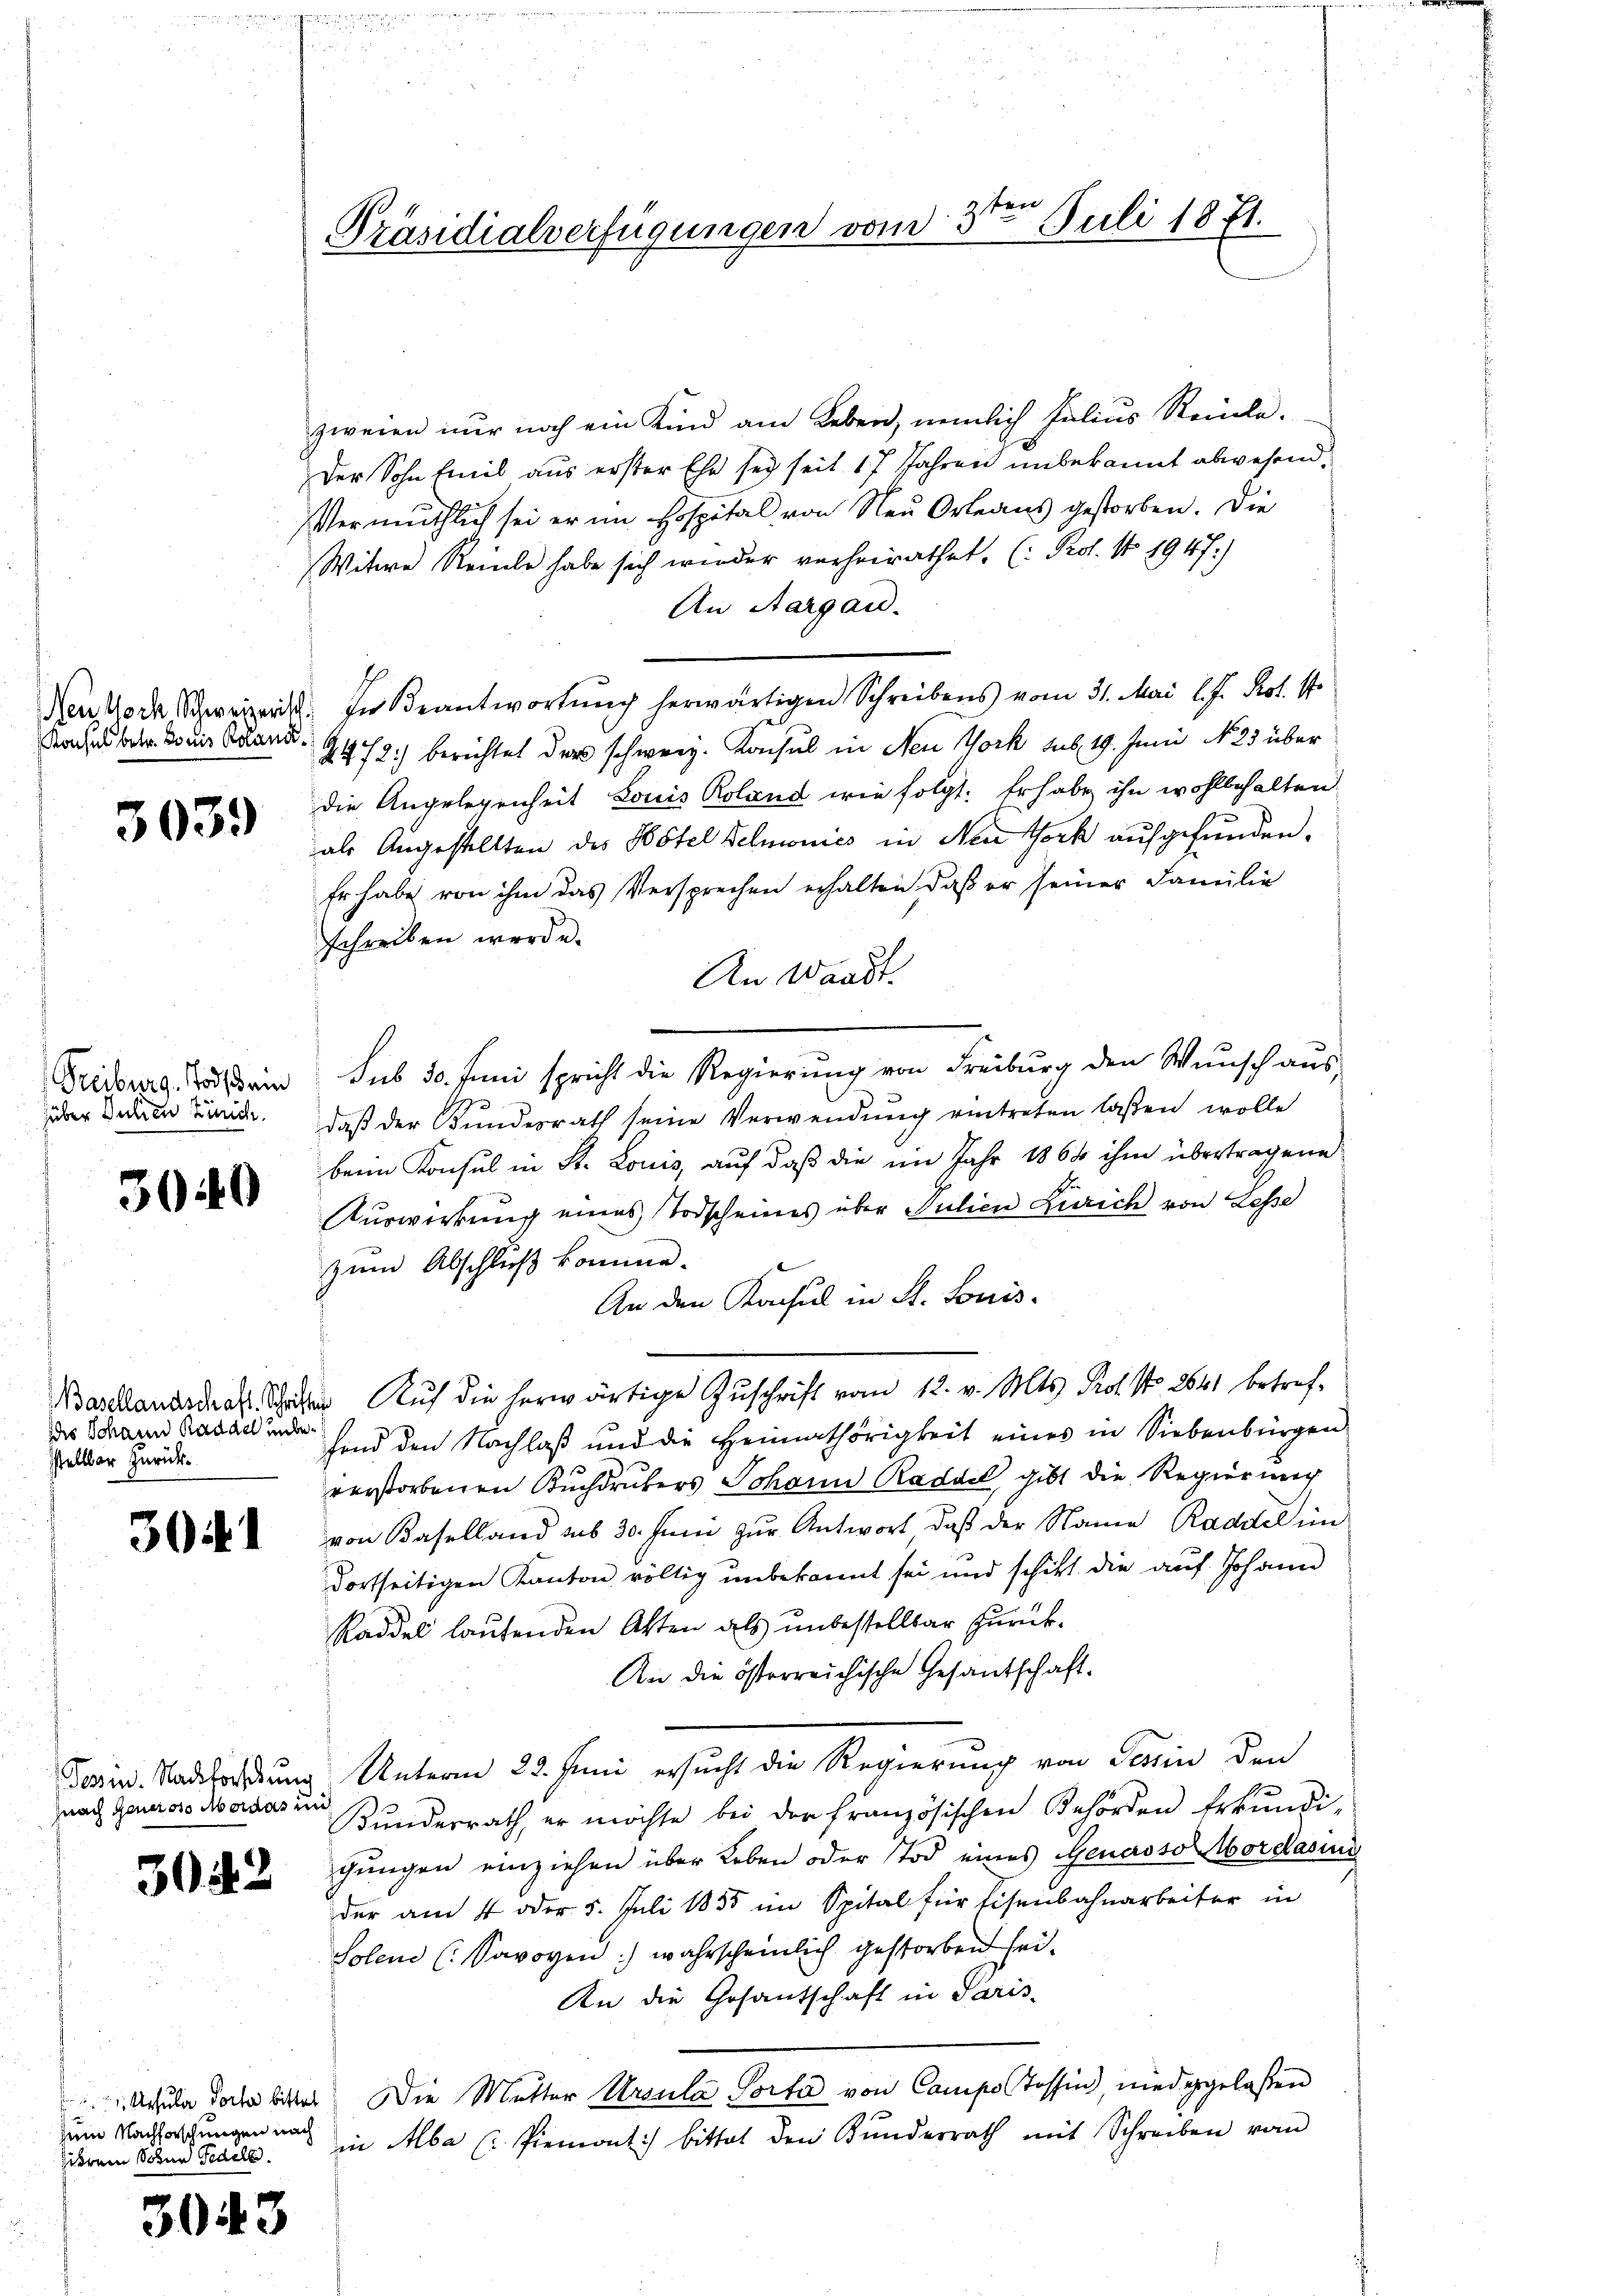
Konsul betr. Louis Roland.

5039

hüber Jahren Zürich.

3040

ddes Johann Raddel unbestellbar zurück¬

30

fnach Generoso Mordes und

3042

zum Nachforschungen nach

3043

2ten
Präsidialverfügungen vom 5t Juli 1871.

zweien nur noch ein Kind am Leben, nemlich Julius Reinle¬
Der Sohn Emil aus erster Ehe sei seit 17 Jahren unbekannt abwesend.
Vermuthlich sei er im Hospital von Neu Orleans gestorben. Die
Witwe Reine habe sich wieder verheirathet, (Prol. N 1947:)
An Aargau.
Nennoch Schweizerist. In Beantwortung herwärtigen Schreibens vom 31. Mai l. J. Prot. 17
2472) berichtet der schweiz. Konsul in Neu York sub 19. Juni No 25 über
die Angelegenheit Louis Roland wie folgt. Er habe ihn wohlbehalten
als Angestellten des Hôtel Belmovics in New York aufgefunden.
Er habe von ihm das Versprechen erhalten, daß er seiner Familie
schreiben werde.
An Waadt.
Trisburg, Nachdrin sub 30. Juni spricht die Regierung von Freiburg den Wunsch aus
daß der Bundesrath seine Verwendung eintreten laßen wolle
beim Konsul in St. Louis, auf daβ die im Jahr 1864 ihm übertragene
Auswirkung eines Todscheines über Julien Zürich von Lese
zum Abschluß komme.
An den Konsul in St. Louis-
Bastand da der Aŭf die herwärtige Zŭschrift vom 12. v. Mts. Prof. No 2641 betref-
hend den Nachlaß und die Heimathörigkeit eines in Siebenbürgen
verstorbenen Buchdruckers Johann Raddel gibt die Regierung
von Baselland aus 30. Juni zur Antwort, daß der Name Raddel im
dortseitigen Kanton völlig unbekannt sei und schickt die auf Johann
saddel lautenden Akten als unbestellbar zurück¬
An die österreichische Gesantschaft.
Terin. Nadelichung Unterm 22. Juni ersucht die Regierung von Tessin den
Kunderrath, er möchte bei der Französischen Behörden Erkundi-
chungen einziehen über Leben oder Tod eines Genessor Mordasins
der am 4 oder 5. Juli 1855 im Spital für Eisenbahnarbeiter in
Solen (Savoyen) wahrscheinlich gestorben sei.
An die Gesantschaft in Paris-
 Acula doch bittes Die Mutter Ursula Porta von Camipo Tossin, niedggelaßen
derem Sand Pedels. in Alba (Piemont) bittet den Bunderrath mit Schreiben vom